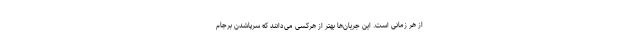
از هر زمانی است. این جریان‌ها بهتر از هرکسی می‌دانند که سرپاشدن برجام